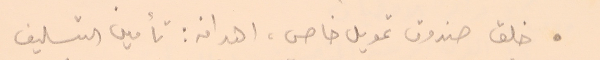
. خلق صندوق تمويل خاص، اهدافه: تأمين التسليف